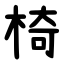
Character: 椅